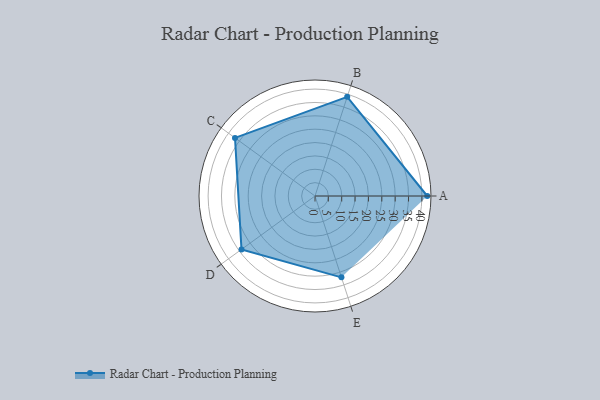
{"axis": {"x": "Skill", "y": "Score"}, "legend": ["Profile"], "data": [{"x": "A", "y": 42.0, "type": "Profile"}, {"x": "B", "y": 39.0, "type": "Profile"}, {"x": "C", "y": 37.0, "type": "Profile"}, {"x": "D", "y": 34.0, "type": "Profile"}, {"x": "E", "y": 32.0, "type": "Profile"}]}